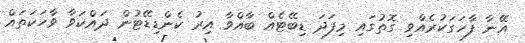
އޭނާ ފާހަގަކުރެއްވި ގޮތުގައި މިފަދަ ޑިބޭޓެއް ބާއްވާ އިރު ކެންޑިޑޭޓުން ދައްކަވާ ވާހަކަތައް